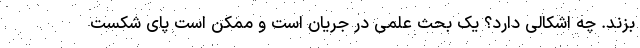
بزند. چه اشکالی دارد؟ یک بحث علمی در جریان است و ممکن است پای شکست